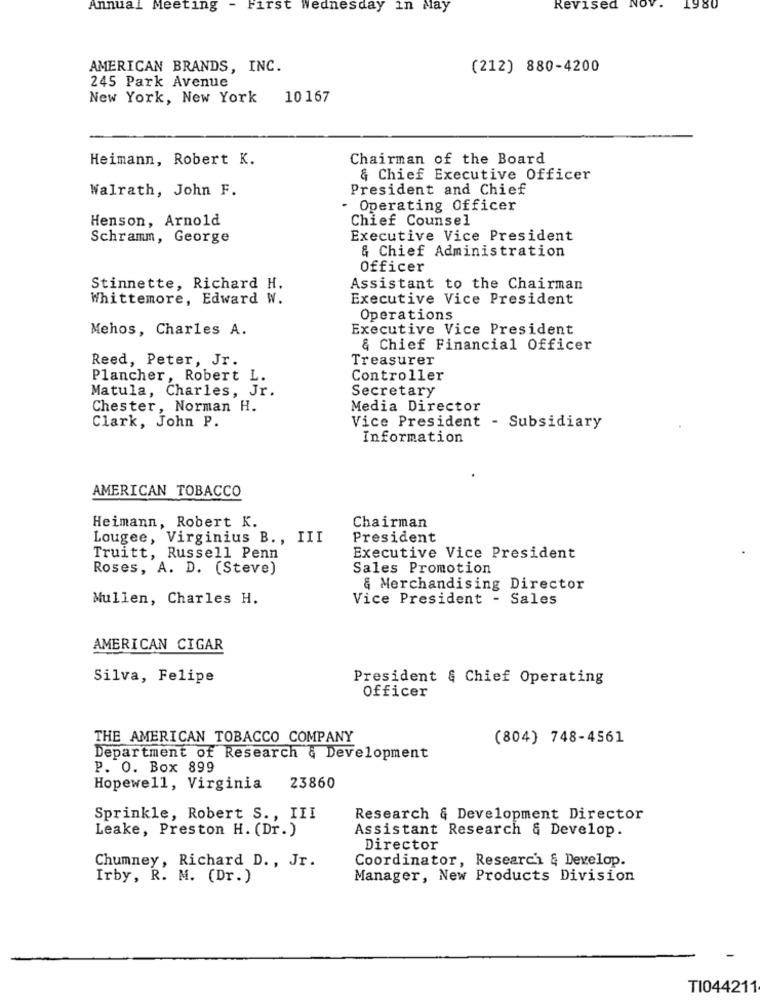
Annual Meeting
- First wednesday in May
Revised NOV.
198
AMERICAN BRANDS, INC.
(212) 880-4200
245 Park Avenue
New York, New York 10167
Heimann, Robert K.
Chairman of the Board
& Chief Executive Officer
Walrath, John F.
President and Chief
- Operating Officer
Henson, Arnold
Chief Counsel
Schramm, George
Executive Vice President
& Chief Administration
Officer
Stinnette, Richard H.
Assistant to the Chairman
Whittemore, Edward W.
Executive Vice President
Operations
Mehos, Charles A.
Executive Vice President
& Chief Financial Officer
Reed, Peter, Jr.
Treasurer
Plancher, Robert L.
Controller
Matula, Charles, Jr.
Secretary
Chester, Norman H.
Media Director
Clark, John P.
Vice President - Subsidiary
Information
AMERICAN TOBACCO
Heimann, Robert K.
Chairman
Lougee, Virginius B. , III
President
Truitt, Russell Penn
Executive Vice President
Roses, A. D. (Steve)
Sales Promotion
& Merchandising Director
Mullen, Charles H.
Vice President - Sales
AMERICAN CIGAR
Silva, Felipe
President & Chief Operating
Officer
THE AMERICAN TOBACCO COMPANY
(804) 748-4561
Department of Research & Development
P. O. Box 899
Hopewell, Virginia
23860
Sprinkle, Robert S ., III
Research & Development Director
Leake, Preston H. (Dr. )
Assistant Research & Develop.
Director
Chumney, Richard D. , Jr.
Coordinator, Research & Develop.
Irby, R. M. (Dr. )
Manager, New Products Division
TI044211